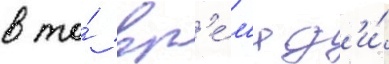
в то́ вр'е́м'я д'и́